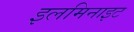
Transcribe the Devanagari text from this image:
इलमिनाइट